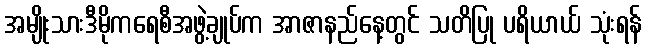
အမျိုးသားဒီမိုကရေစီအဖွဲ့ချုပ်က အာဇာနည်နေ့တွင် သတိပြု ပရိယာယ် သုံးရန်